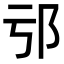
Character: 𨙱